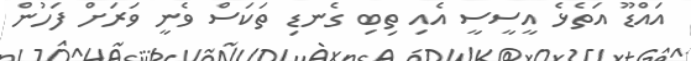
އައްޑޫ އަތެޅެ އީސީސީ އެއި ތިބި ގެނޑި ތަކަސް ވެނީ ވަރަށް ފަހުން